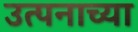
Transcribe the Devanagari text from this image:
उत्पनाच्या